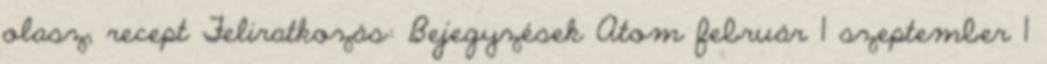
olasz, recept Feliratkozás: Bejegyzések Atom február 1 szeptember 1